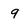
Character: 9